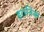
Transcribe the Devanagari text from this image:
इरानिक